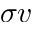
\sigma { } v